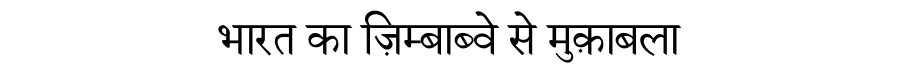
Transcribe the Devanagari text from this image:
भारत का ज़िम्बाब्वे से मुक़ाबला